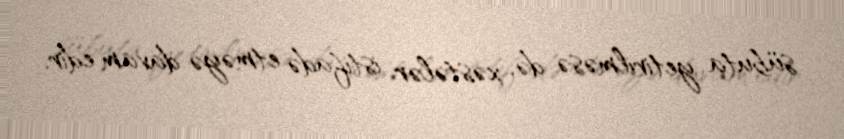
sübuta yetirilməsə də, xəstələr istifadə etməyə davam edir.